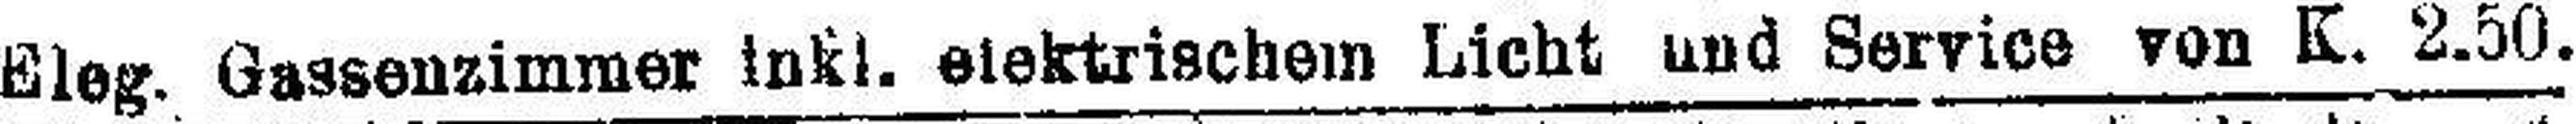
Eleg. Gassenzimmer inkl. elektrischem Licht und Service von K. 2.50.